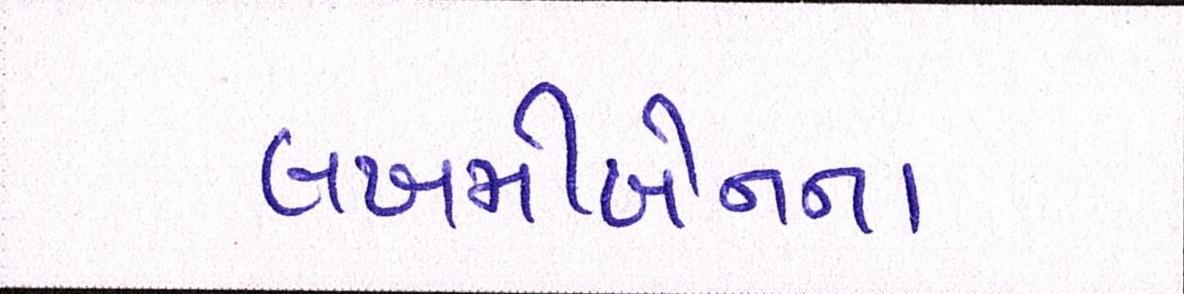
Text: લખમીબેનના